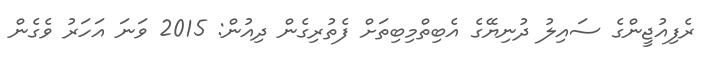
ރެފިއުޖީންގެ ސައިލު ދުނިޔޭގެ އެބިތްމިބިތަށް ފެތުރިގެން ދިއުން: 2015 ވަނަ އަހަރު ވެގެން